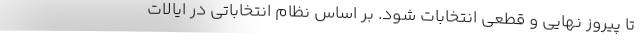
تا پیروز نهایی و قطعی انتخابات شود. بر اساس نظام انتخاباتی در ایالات